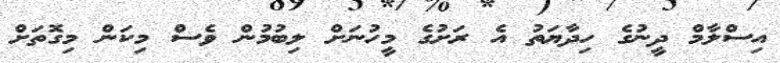
އިސްލާމް ދީނުގެ ހިދާޔަތު އެ ރަށުގެ މީހުނަށް ލިބުމުން ވެސް މިކަން މިގޮތަށް